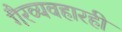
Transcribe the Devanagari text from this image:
गैरव्यवहारही